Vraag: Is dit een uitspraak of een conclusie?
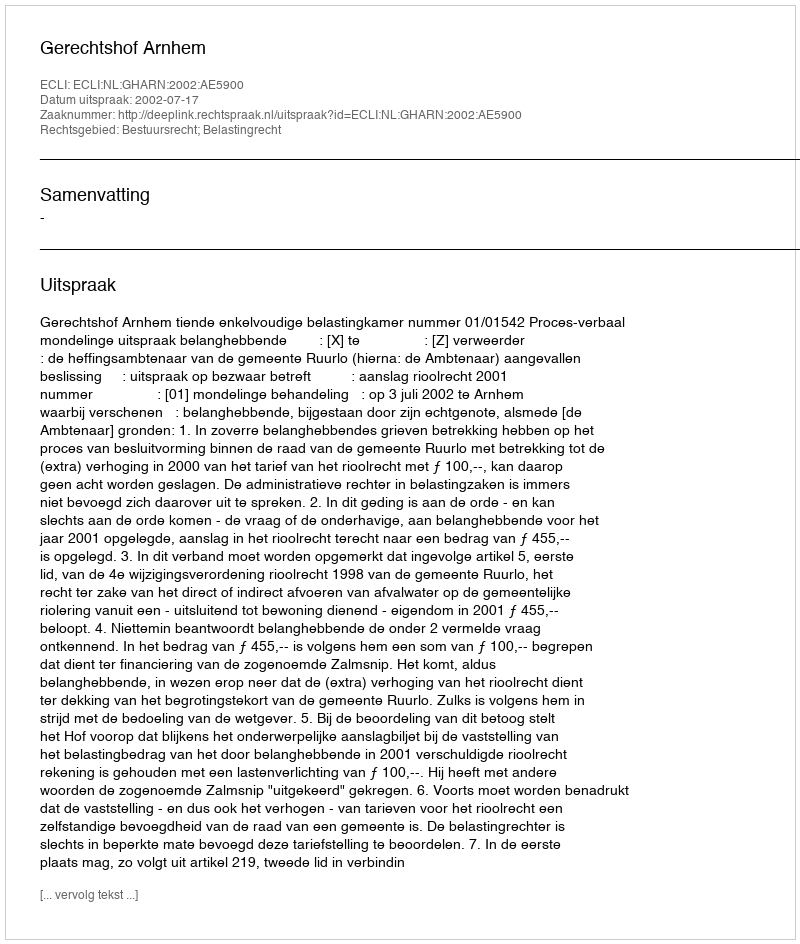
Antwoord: Uitspraak